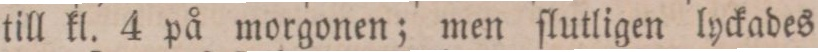
till kl. 4 på morgonen; men ſlutligen lyckades